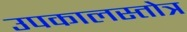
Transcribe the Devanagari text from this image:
उपकालस्तोत्र